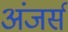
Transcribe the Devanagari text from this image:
अंजर्स